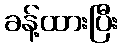
ခန့်ထားပြီး